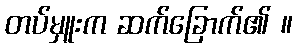
တပ်မှူးက ဆက်ခြောက်၏ ။